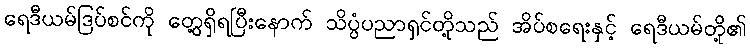
ရေဒီယမ်ဒြပ်စင်ကို တွေ့ရှိရပြီးနောက် သိပ္ပံပညာရှင်တို့သည် အိပ်စရေးနှင့် ရေဒီယမ်တို့၏